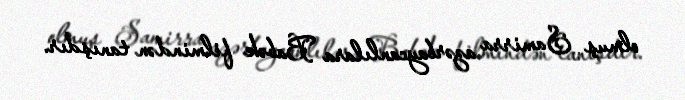
olmuş Samirra azərbaycanlılara Babək filmindən tanışdır.